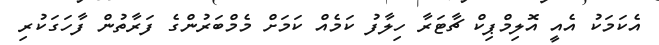
އެކަމަކު އެއީ އޮލިމްޕިކް ޗާޓަރާ ހިލާފު ކަމެއް ކަމަށް މެމްބަރުންގެ ފަރާތުން ފާހަގަކުރި